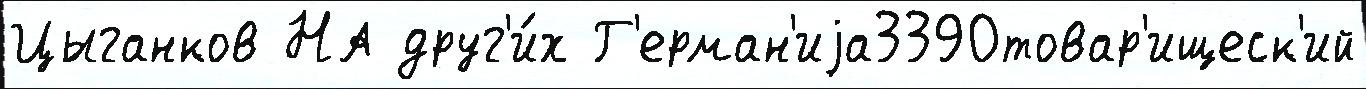
Цыганков НА друг'и́х Г'ерман'иjа3390товар'ищеск'ий